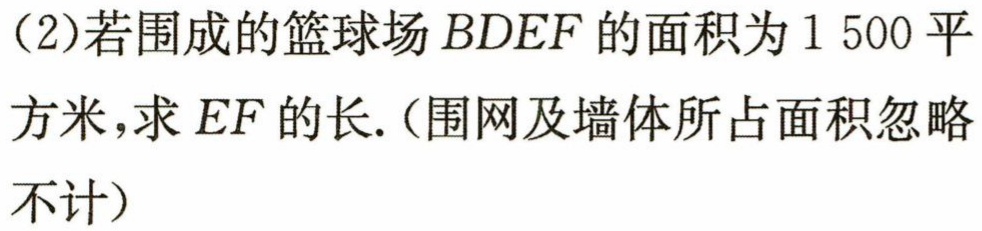
(2)若围成的篮球场$BDEF$的面积为$1 500$平方米，求$EF$的长.（围网及墙体所占面积忽略不计）